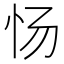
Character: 𰐿